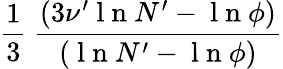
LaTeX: \frac{1}{3}~\frac{({3\nu^{\prime}\mathrm{~l~n~}N^{\prime}-\mathrm{~l~n~}\phi})}{({\mathrm{~l~n~}N^{\prime}-\mathrm{~l~n~}\phi})}